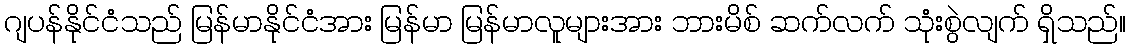
ဂျပန်နိုင်ငံသည် မြန်မာနိုင်ငံအား မြန်မာ မြန်မာလူများအား ဘားမိစ် ဆက်လက် သုံးစွဲလျက် ရှိသည်။